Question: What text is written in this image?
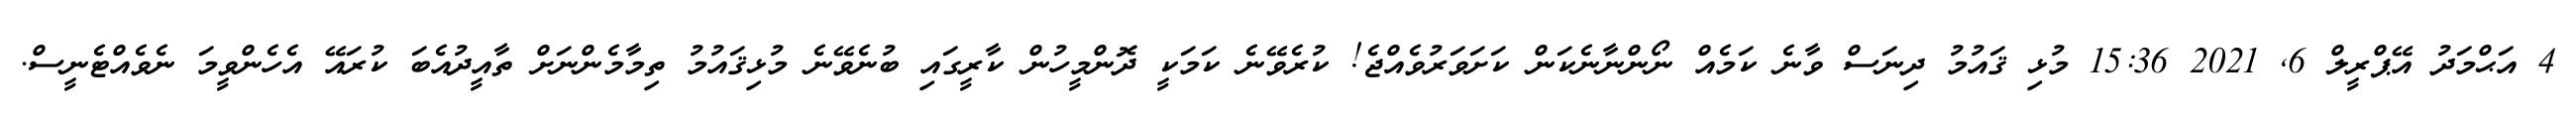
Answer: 4 އަޙްމަދު އޭޕްރީލް 6, 2021 15:36 މުޅި ޤައުމު ދިނަސް ވާނެ ކަމެއް ނޯންނާނެކަން ކަށަވަރުވެއްޖެ! ކުރެވޭނެ ކަމަކީ ދޮންމީހުން ކާރީގައި ބުނެވޭނެ މުޅިޤައުމު ތިމާމެންނަށް ތާއީދުއެބަ ކުރައޭ އެހެންވީމަ ނެވެއްޓެނީސް.